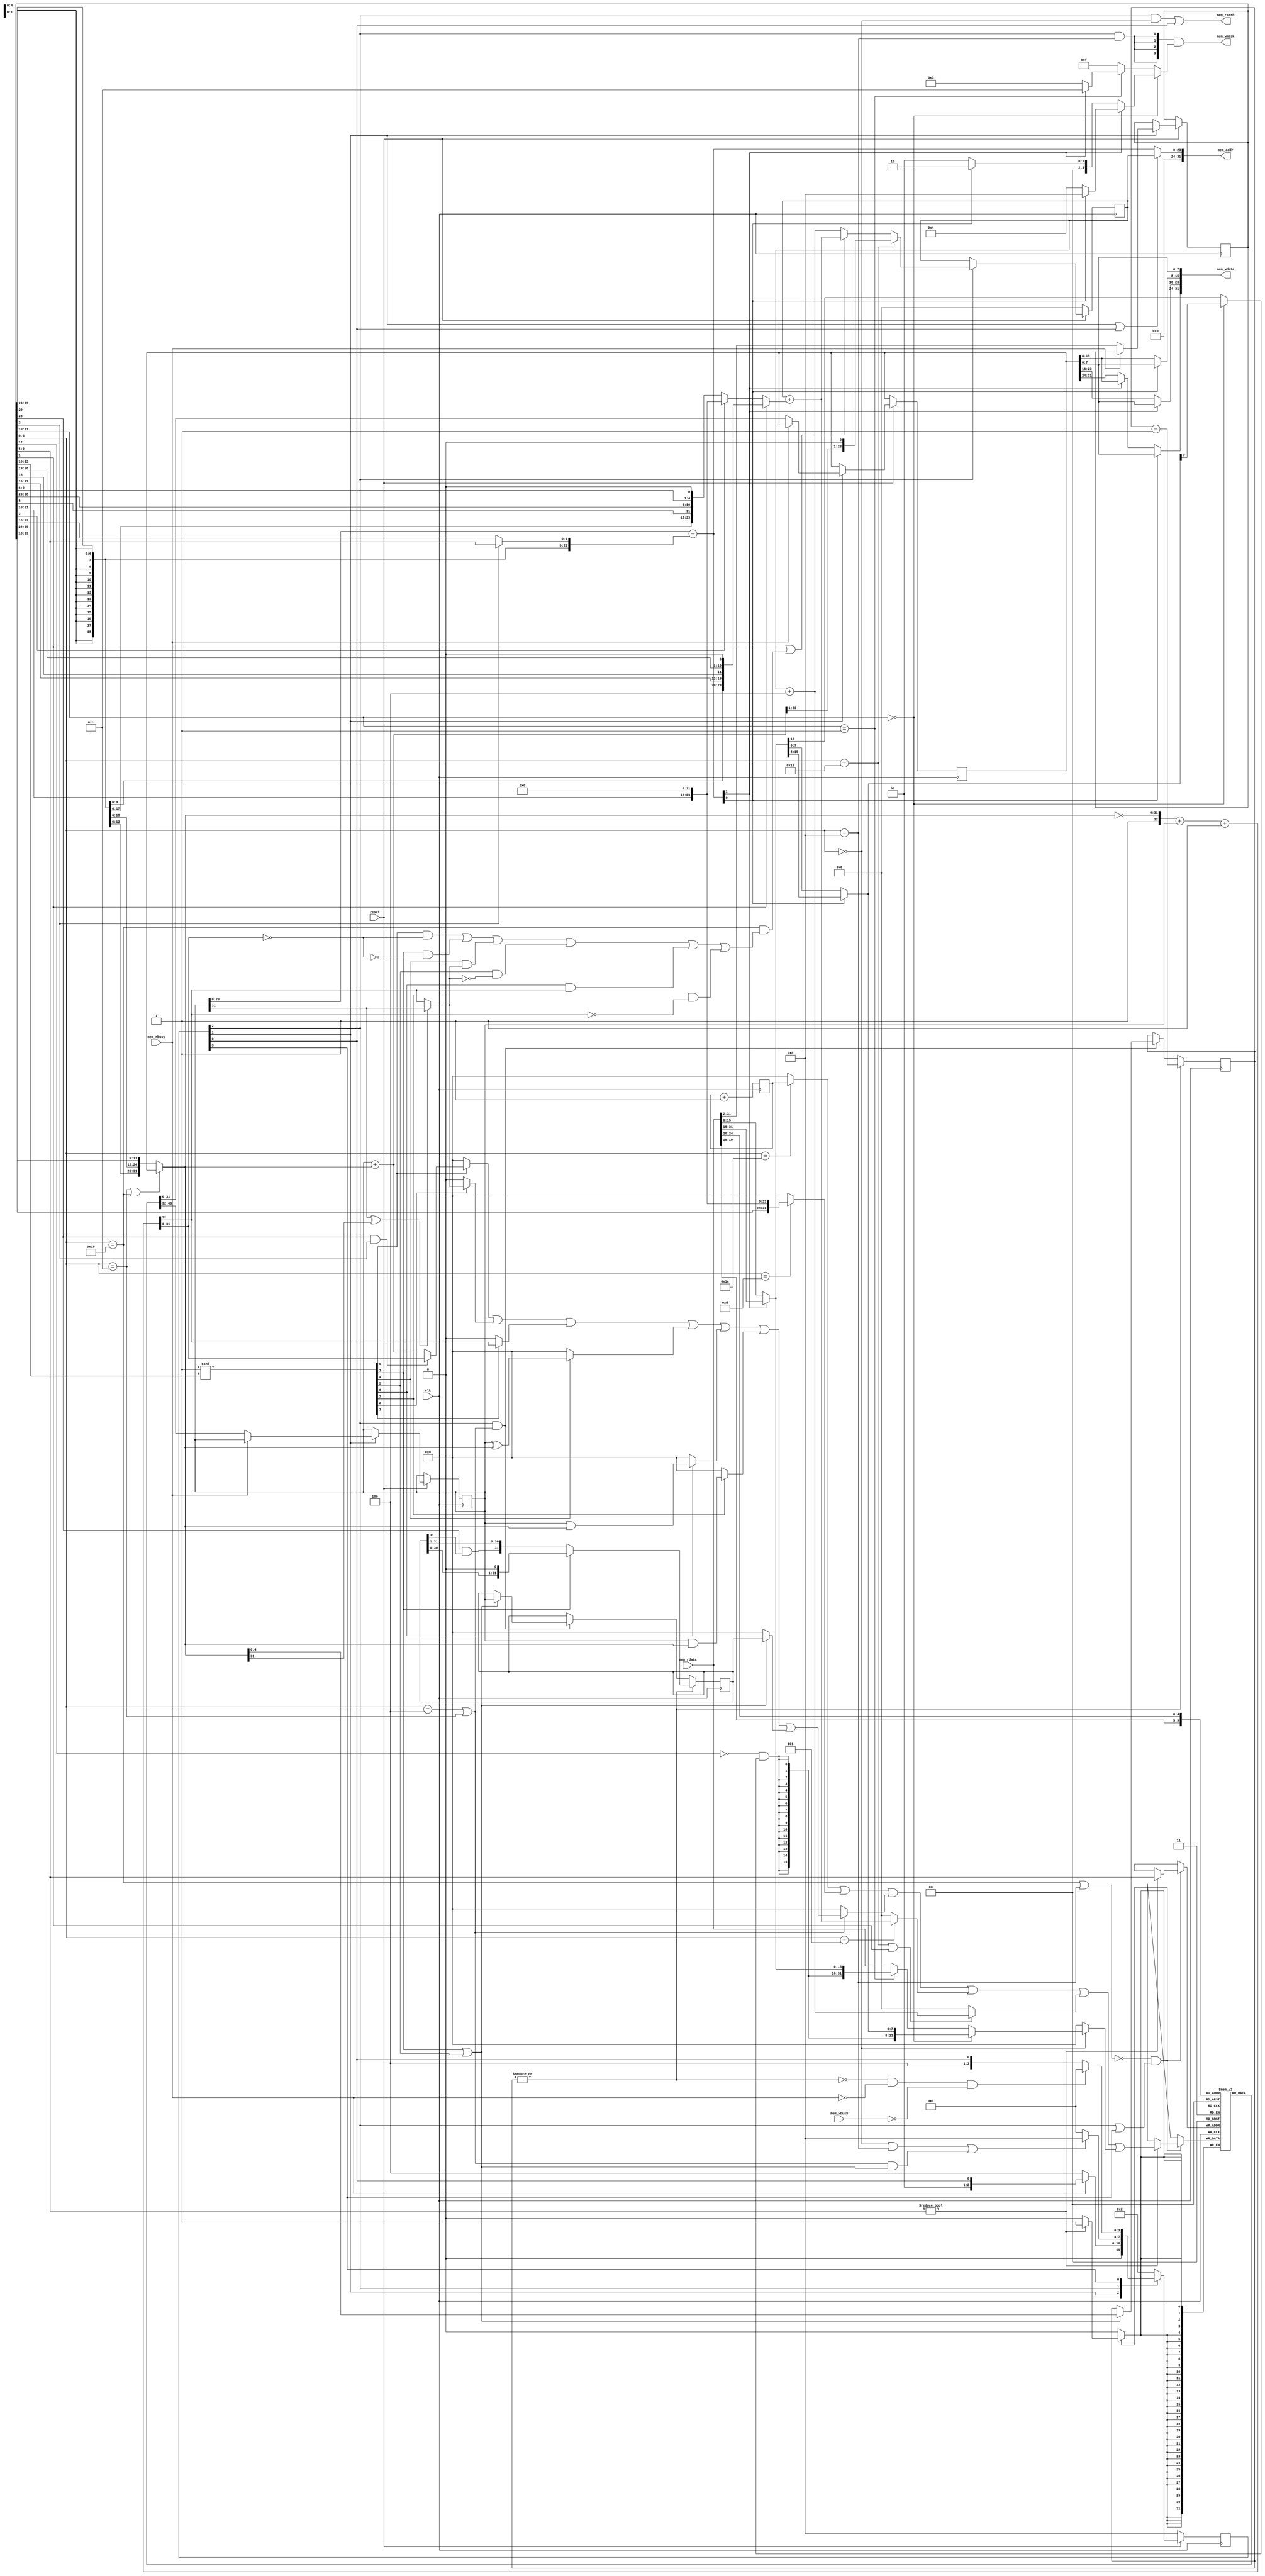
module RiSCV(
   input 	 clk,

   output [31:0] mem_addr,  
   output [31:0] mem_wdata, 
   output [3:0]  mem_wmask, 
   input [31:0]  mem_rdata, 
   output 	 mem_rstrb, 
   input 	 mem_rbusy, 
   input 	 mem_wbusy,
   input 	 reset      
);

   parameter RESET_ADDR       = 32'h00000000;
   parameter ADDR_WIDTH       = 24;

 /***************************************************************************/
 // Instruction decoding.
 /***************************************************************************/

 // destination register
 wire [4:0] rdId = instr[11:7];

 (* onehot *)
 wire [7:0] funct3Is = 8'b00000001 << instr[14:12];

 
 wire [31:0] Uimm = {    instr[31],   instr[30:12], {12{1'b0}}};
 wire [31:0] Iimm = {{21{instr[31]}}, instr[30:20]};
 

 wire [31:0] Simm = {{21{instr[31]}}, instr[30:25],instr[11:7]};
 wire [31:0] Bimm = {{20{instr[31]}}, instr[7],instr[30:25],instr[11:8],1'b0};
 wire [31:0] Jimm = {{12{instr[31]}}, instr[19:12],instr[20],instr[30:21],1'b0};
 

   //RV instructions
   wire isLoad    =  (instr[6:2] == 5'b00000); 
   wire isALUimm  =  (instr[6:2] == 5'b00100); 
   wire isStore   =  (instr[6:2] == 5'b01000); 
   wire isALUreg  =  (instr[6:2] == 5'b01100); 
   wire isSYSTEM  =  (instr[6:2] == 5'b11100); 
   wire isJAL     =  instr[3]; 
   wire isJALR    =  (instr[6:2] == 5'b11001); 
   wire isLUI     =  (instr[6:2] == 5'b01101); 
   wire isAUIPC   =  (instr[6:2] == 5'b00101); 
   wire isBranch  =  (instr[6:2] == 5'b11000); 

   wire isALU = isALUimm | isALUreg;

   /***************************************************************************/
   // The register file.
   /***************************************************************************/

   reg [31:0] rs1;
   reg [31:0] rs2;
   
   (* no_rw_check *)
   reg [31:0] registerFile [31:0];

   always @(posedge clk) begin
     if (writeBack)
       if (rdId != 0)
         registerFile[rdId] <= writeBackData;
   end

   wire [31:0] aluIn1 = rs1;

   
   wire [31:0] aluIn2 = isALUreg | isBranch ? rs2 : Iimm;

   reg  [31:0] aluReg;       
   reg  [4:0]  aluShamt;     
   wire aluBusy = |aluShamt; 
   wire aluWr;               

   wire [31:0] aluPlus = aluIn1 + aluIn2;

   wire [32:0] aluMinus = {1'b1, ~aluIn2} + {1'b0,aluIn1} + 33'b1;
   wire        LT  = (aluIn1[31] ^ aluIn2[31]) ? aluIn1[31] : aluMinus[32];
   wire        LTU = aluMinus[32];
   wire        EQ  = (aluMinus[31:0] == 0);


   wire [31:0] aluOut =
     (funct3Is[0]  ? instr[30] & instr[5] ? aluMinus[31:0] : aluPlus : 32'b0) |
     (funct3Is[2]  ? {31'b0, LT}                                     : 32'b0) |
     (funct3Is[3]  ? {31'b0, LTU}                                    : 32'b0) |
     (funct3Is[4]  ? aluIn1 ^ aluIn2                                 : 32'b0) |
     (funct3Is[6]  ? aluIn1 | aluIn2                                 : 32'b0) |
     (funct3Is[7]  ? aluIn1 & aluIn2                                 : 32'b0) |
     (funct3IsShift ? aluReg                                         : 32'b0) ;

   wire funct3IsShift = funct3Is[1] | funct3Is[5];

   always @(posedge clk) begin
      if(aluWr) begin
         if (funct3IsShift) begin  // SLL, SRA, SRL
	    aluReg <= aluIn1;
	    aluShamt <= aluIn2[4:0];
	 end
      end

`ifdef NRV_TWOLEVEL_SHIFTER
      else if(|aluShamt[4:2]) begin 
         aluShamt <= aluShamt - 4;
	 aluReg <= funct3Is[1] ? aluReg << 4 :
		   {{4{instr[30] & aluReg[31]}}, aluReg[31:4]};
      end  else
`endif

      if (|aluShamt) begin
         aluShamt <= aluShamt - 1;
	 aluReg <= funct3Is[1] ? aluReg << 1 :              // SLL
		   {instr[30] & aluReg[31], aluReg[31:1]};  // SRA,SRL
      end
   end


   wire predicate =
        funct3Is[0] &  EQ  | // BEQ
        funct3Is[1] & !EQ  | // BNE
        funct3Is[4] &  LT  | // BLT
        funct3Is[5] & !LT  | // BGE
        funct3Is[6] &  LTU | // BLTU
        funct3Is[7] & !LTU ; // BGEU

   /***************************************************************************/
   // Program counter and branch target computation.
   /***************************************************************************/

   reg  [ADDR_WIDTH-1:0] PC; 
   reg  [31:2] instr;        
                             

   wire [ADDR_WIDTH-1:0] PCplus4 = PC + 4;

   wire [ADDR_WIDTH-1:0] PCplusImm = PC + ( instr[3] ? Jimm[ADDR_WIDTH-1:0] :
					    instr[4] ? Uimm[ADDR_WIDTH-1:0] :
					               Bimm[ADDR_WIDTH-1:0] );

   wire [ADDR_WIDTH-1:0] loadstore_addr = rs1[ADDR_WIDTH-1:0] +
		   (instr[5] ? Simm[ADDR_WIDTH-1:0] : Iimm[ADDR_WIDTH-1:0]);

   assign mem_addr = state[WAIT_INSTR_bit] | state[FETCH_INSTR_bit] ?
		     PC : loadstore_addr ;

   /***************************************************************************/
   // The value written back to the register file.
   /***************************************************************************/

   wire [31:0] writeBackData  =
      (isSYSTEM            ? cycles     : 32'b0) |  // SYSTEM
      (isLUI               ? Uimm       : 32'b0) |  // LUI
      (isALU               ? aluOut     : 32'b0) |  // ALUreg, ALUimm
      (isAUIPC             ? PCplusImm  : 32'b0) |  // AUIPC
      (isJALR   | isJAL    ? PCplus4    : 32'b0) |  // JAL, JALR
      (isLoad              ? LOAD_data  : 32'b0) ;  // Load 

   /***************************************************************************/
   // LOAD/STORE
   /***************************************************************************/

   wire mem_byteAccess     = instr[13:12] == 2'b00; // funct3[1:0] == 2'b00;
   wire mem_halfwordAccess = instr[13:12] == 2'b01; // funct3[1:0] == 2'b01;

   wire LOAD_sign =
	!instr[14] & (mem_byteAccess ? LOAD_byte[7] : LOAD_halfword[15]);

   wire [31:0] LOAD_data =
         mem_byteAccess ? {{24{LOAD_sign}},     LOAD_byte} :
     mem_halfwordAccess ? {{16{LOAD_sign}}, LOAD_halfword} :
                          mem_rdata ;

   wire [15:0] LOAD_halfword =
	       loadstore_addr[1] ? mem_rdata[31:16] : mem_rdata[15:0];

   wire  [7:0] LOAD_byte =
	       loadstore_addr[0] ? LOAD_halfword[15:8] : LOAD_halfword[7:0];

   // STORE

   assign mem_wdata[ 7: 0] = rs2[7:0];
   assign mem_wdata[15: 8] = loadstore_addr[0] ? rs2[7:0]  : rs2[15: 8];
   assign mem_wdata[23:16] = loadstore_addr[1] ? rs2[7:0]  : rs2[23:16];
   assign mem_wdata[31:24] = loadstore_addr[0] ? rs2[7:0]  :
			     loadstore_addr[1] ? rs2[15:8] : rs2[31:24];

   wire [3:0] STORE_wmask =
	      mem_byteAccess      ?
	            (loadstore_addr[1] ?
		          (loadstore_addr[0] ? 4'b1000 : 4'b0100) :
		          (loadstore_addr[0] ? 4'b0010 : 4'b0001)
                    ) :
	      mem_halfwordAccess ?
	            (loadstore_addr[1] ? 4'b1100 : 4'b0011) :
              4'b1111;

   /*************************************************************************/
   // The state machine.
   /*************************************************************************/

   localparam FETCH_INSTR_bit     = 0;
   localparam WAIT_INSTR_bit      = 1;
   localparam EXECUTE_bit         = 2;
   localparam WAIT_ALU_OR_MEM_bit = 3;
   localparam NB_STATES           = 4;

   localparam FETCH_INSTR     = 1 << FETCH_INSTR_bit;
   localparam WAIT_INSTR      = 1 << WAIT_INSTR_bit;
   localparam EXECUTE         = 1 << EXECUTE_bit;
   localparam WAIT_ALU_OR_MEM = 1 << WAIT_ALU_OR_MEM_bit;

   (* onehot *)
   reg [NB_STATES-1:0] state;

   // register write-back enable.
   wire writeBack = ~(isBranch | isStore ) &
	            (state[EXECUTE_bit] | state[WAIT_ALU_OR_MEM_bit]);

   // The memory-read signal.
   assign mem_rstrb = state[EXECUTE_bit] & isLoad | state[FETCH_INSTR_bit];

   // The mask for memory-write.
   assign mem_wmask = {4{state[EXECUTE_bit] & isStore}} & STORE_wmask;

   // aluWr starts computation (shifts) in the ALU.
   assign aluWr = state[EXECUTE_bit] & isALU;

   wire jumpToPCplusImm = isJAL | (isBranch & predicate);
`ifdef NRV_IS_IO_ADDR
   wire needToWait = isLoad |
		     isStore  & `NRV_IS_IO_ADDR(mem_addr) |
		     isALU & funct3IsShift;
`else
   wire needToWait = isLoad | isStore | isALU & funct3IsShift;
`endif

   always @(posedge clk) begin
      if(!reset) begin
         state      <= WAIT_ALU_OR_MEM; // Just waiting for !mem_wbusy
         PC         <= RESET_ADDR[ADDR_WIDTH-1:0];
      end else

      // See note [1] at the end of this file.
      (* parallel_case *)
      case(1'b1)

        state[WAIT_INSTR_bit]: begin
           if(!mem_rbusy) begin // may be high when executing from SPI flash
              rs1 <= registerFile[mem_rdata[19:15]];
              rs2 <= registerFile[mem_rdata[24:20]];
              instr <= mem_rdata[31:2]; // Bits 0 and 1 are ignored (see
              state <= EXECUTE;         // also the declaration of instr).
           end
        end

        state[EXECUTE_bit]: begin
           PC <= isJALR          ? {aluPlus[ADDR_WIDTH-1:1],1'b0} :
                 jumpToPCplusImm ? PCplusImm :
                 PCplus4;
	   state <= needToWait ? WAIT_ALU_OR_MEM : FETCH_INSTR;
        end

        state[WAIT_ALU_OR_MEM_bit]: begin
           if(!aluBusy & !mem_rbusy & !mem_wbusy) state <= FETCH_INSTR;
        end

        default: begin // FETCH_INSTR
          state <= WAIT_INSTR;
        end

      endcase
   end

   /***************************************************************************/
   // Cycle counter
   /***************************************************************************/

`ifdef NRV_COUNTER_WIDTH
   reg [`NRV_COUNTER_WIDTH-1:0]  cycles;
`else
   reg [31:0]  cycles;
`endif
   always @(posedge clk) cycles <= cycles + 1;

`ifdef BENCH
   initial begin
      cycles = 0;
      aluShamt = 0;
      registerFile[0] = 0;
   end
`endif

endmodule